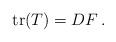
LaTeX: \begin{align*}{\rm tr}(T)=DF\,.\end{align*}